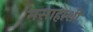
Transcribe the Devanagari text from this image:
मसाहाशी